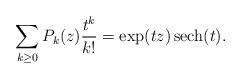
LaTeX: \begin{gather*}\sum_{k \ge 0} P_k(z) {t^k \over k!} = \exp (t z)\operatorname{sech}(t).\end{gather*}